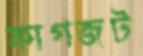
কাগজট